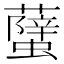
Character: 𧒣